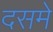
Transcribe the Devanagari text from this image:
दसमे